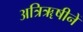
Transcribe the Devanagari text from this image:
अत्रिॠषीनें